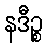
နဒီဉ္စ